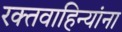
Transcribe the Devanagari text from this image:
रक्तवाहिन्यांना